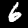
Digit: 6